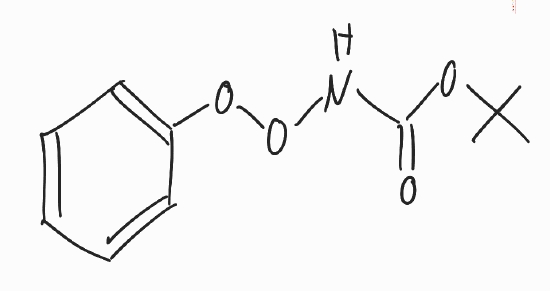
Simplified molecular-input line-entry system (SMILES) notation of the given molecule:
CC(C)(C)OC(=O)NOOC1=CC=CC=C1